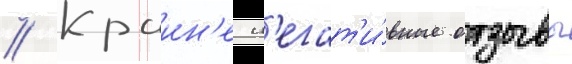
// Краин'е н'егат'и́вные отзывы